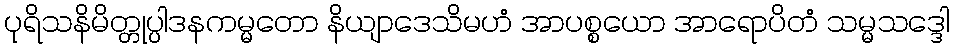
ပုရိသနိမိတ္တုပ္ပါဒနကမ္မတော နိယျာဒေသိမဟံ အာပစ္စယော အာရောပိတံ သမ္မသဒ္ဒေါ